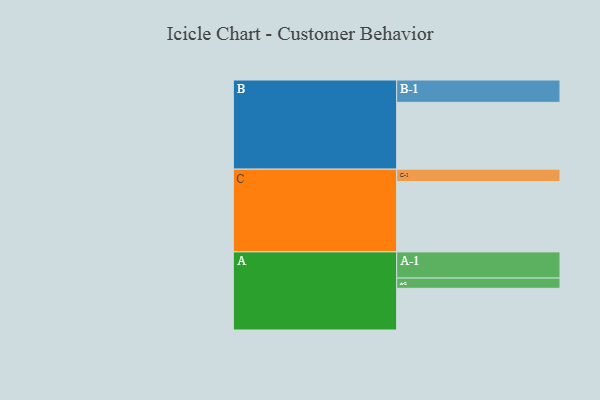
{"axis": {"x": "Segment", "y": "Value"}, "legend": ["", "A", "B", "C"], "data": [{"x": "A", "y": 317, "type": ""}, {"x": "B", "y": 508, "type": ""}, {"x": "C", "y": 535, "type": ""}, {"x": "A-1", "y": 199, "type": "A"}, {"x": "A-2", "y": 78, "type": "A"}, {"x": "B-1", "y": 170, "type": "B"}, {"x": "C-1", "y": 94, "type": "C"}]}